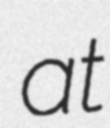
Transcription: at